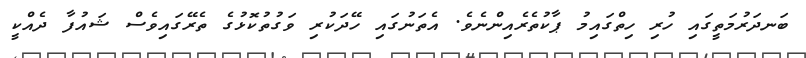
ބަނދަރުމަތީގައި ހުރި ހިތްގައިމު ޕާކުތެރެއިންނެވެ. އެތަނުގައި ހޭދަކުރި ވަގުތުކޮޅުގެ ތެރޭގައިވެސް ޝައުފާ ދެއްކީ